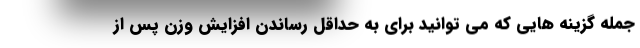
جمله گزینه هایی که می توانید برای به حداقل رساندن افزایش وزن پس از